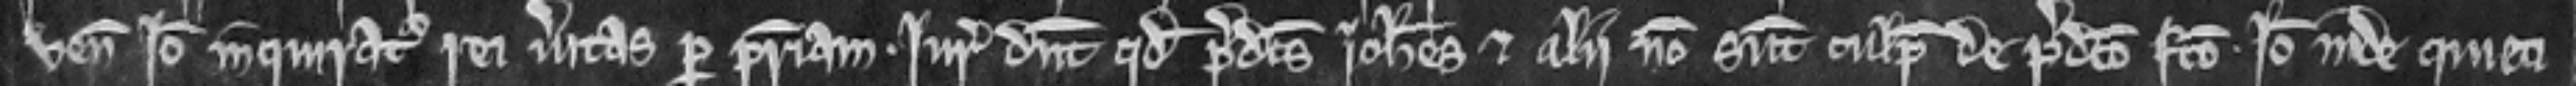
venit Ideo inquiratur rei veritas per patriam. Juratores dicunt quod predictus Johannes et alii non sunt culpabiles de predicto facto. Ideo inde quieti